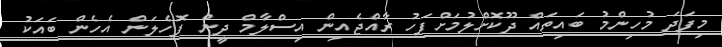
މިފަދަ މުހިންމު ބައިތައް ދޫކޮށްލުމަށްފަހު ރާއްޖެއިން އިސްލާމް ދީން ފޮހެލަން އެހެން ބައަކު